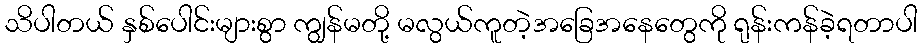
သိပါတယ် နှစ်ပေါင်းများစွာ ကျွန်မတို့ မလွယ်ကူတဲ့အခြေအနေတွေကို ရုန်းကန်ခဲ့ရတာပါ